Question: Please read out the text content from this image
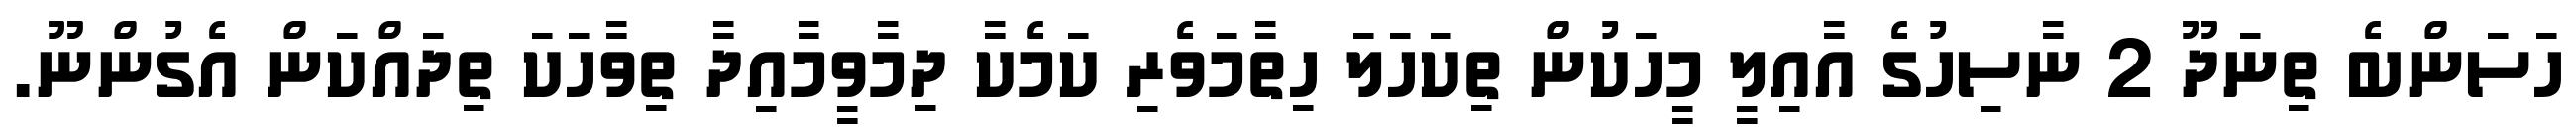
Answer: ހަސަންބެ ތިނަދޫ 2 ނާސިހުގެ އާއިލީ މީހަކުން ތިކަހަލަ ހިތާމަވެރި ކަމެކާ ދިމާވީމާއިދާ ތިވާހަކަ ތިދައްކަން އެގުންނޫ.